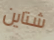
شتاين